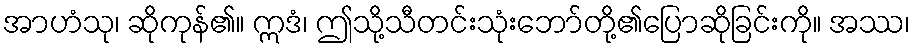
အာဟံသု၊ ဆိုကုန်၏။ ဣဒံ၊ ဤသို့သီတင်းသုံးဘော်တို့၏ပြောဆိုခြင်းကို။ အဿ၊